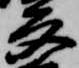
多